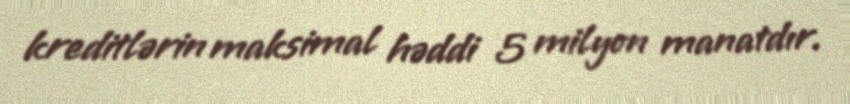
kreditlərin maksimal həddi 5 milyon manatdır.